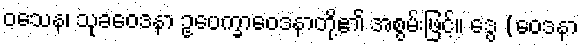
ဝသေန၊ သုခဝေဒနာ ဥပေက္ခာဝေဒနာတို့၏ အစွမ်းဖြင့်။ ဒွေ (ဝေဒနာ